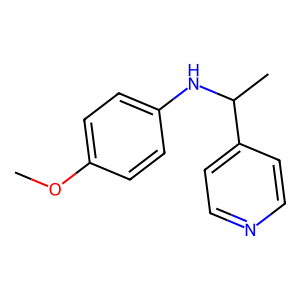
SMILES: COc1ccc(NC(C)c2ccncc2)cc1
Inhibits HIV replication: No